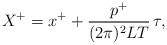
LaTeX: \begin{align*}X^{+}=x^+ + \frac{p^+}{(2\pi)^2 LT}\,\tau,\end{align*}